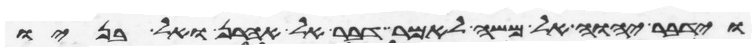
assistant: וידבר יהוה אל משה לאמר דבר אל אהרן ואל בניו